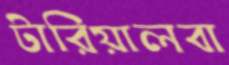
টারিয়ালবা